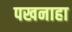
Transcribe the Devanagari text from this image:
पखनाहा